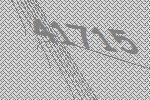
41715